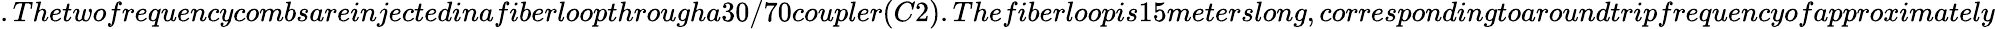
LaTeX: .Thetwofrequencycombsareinjectedinafiberloopthrougha30/70coupler(C2).Thefiberloopis15meterslong,correspondingtoaroundtripfrequencyofapproximately